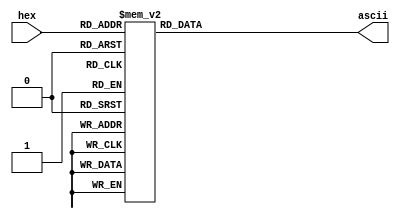
`timescale 1ns / 1ps
module Hex2Ascii(input wire [3:0] hex,
                 output reg [7:0] ascii);
    
    always @* begin
        case (hex)
            4'h0: ascii = 48;
            4'h1: ascii = 49;
            4'h2: ascii = 50;
            4'h3: ascii = 51;
            4'h4: ascii = 52;
            4'h5: ascii = 53;
            4'h6: ascii = 54;
            4'h7: ascii = 55;
            4'h8: ascii = 56;
            4'h9: ascii = 57;
            4'ha: ascii = 97;
            4'hb: ascii = 98;
            4'hc: ascii = 99;
            4'hd: ascii = 100;
            4'he: ascii = 101;
            4'hf: ascii = 102;
        endcase
    end
    
endmodule